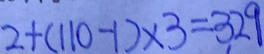
2 + ( 1 1 0 - 1 ) \times 3 = 3 2 9